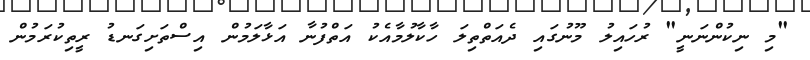
"މި ނިކުންނަނީ" ރުހައިލު މޫނުގައި ދެއަތްތިލަ ހާކާލުމާއެކު އަތްފުނާ އަޅާލަމުން އިސްތަށިގަނޑު ރީތިކުރަމުން